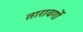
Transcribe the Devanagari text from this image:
तारावर्गो